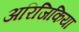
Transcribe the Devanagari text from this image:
अरिजिकिया